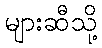
များဆီသို့